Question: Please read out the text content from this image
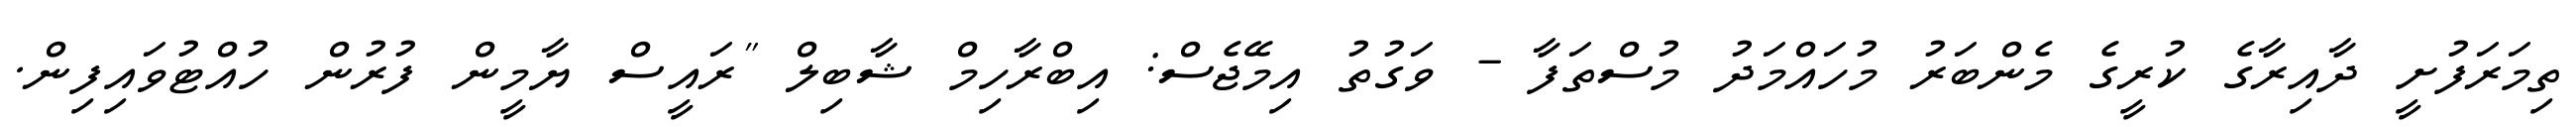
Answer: ތިމަރަފުށީ ދާއިރާގެ ކުރީގެ މެންބަރު މުހައްމަދު މުސްތަފާ - ވަގުތު އިމޭޖެސް: އިބްރާހިމް ޝާބިލް "ރައީސް ޔާމީން ފުރުން ހުއްޓުވައިފިން.